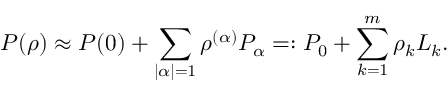
P ( \rho ) \approx P ( 0 ) + \sum _ { | \alpha | = 1 } \rho ^ { ( \alpha ) } P _ { \alpha } = : P _ { 0 } + \sum _ { k = 1 } ^ { m } \rho _ { k } L _ { k } .